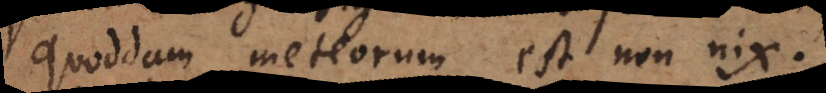
quoddam meteorum est non nix.